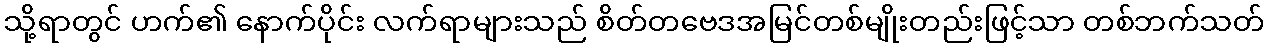
သို့ရာတွင် ဟက်၏ နောက်ပိုင်း လက်ရာများသည် စိတ်တဗေဒအမြင်တစ်မျိုးတည်းဖြင့်သာ တစ်ဘက်သတ်